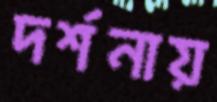
দর্শনায়